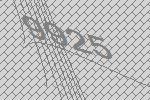
9925